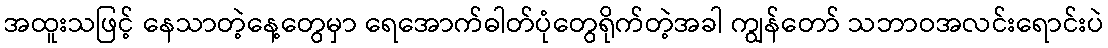
အထူးသဖြင့် နေသာတဲ့နေ့တွေမှာ ရေအောက်ဓါတ်ပုံတွေရိုက်တဲ့အခါ ကျွန်တော် သဘာဝအလင်းရောင်းပဲ